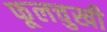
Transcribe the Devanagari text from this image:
फूलचुखी